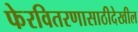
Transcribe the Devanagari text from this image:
फेरवितरणासाठीदेखील